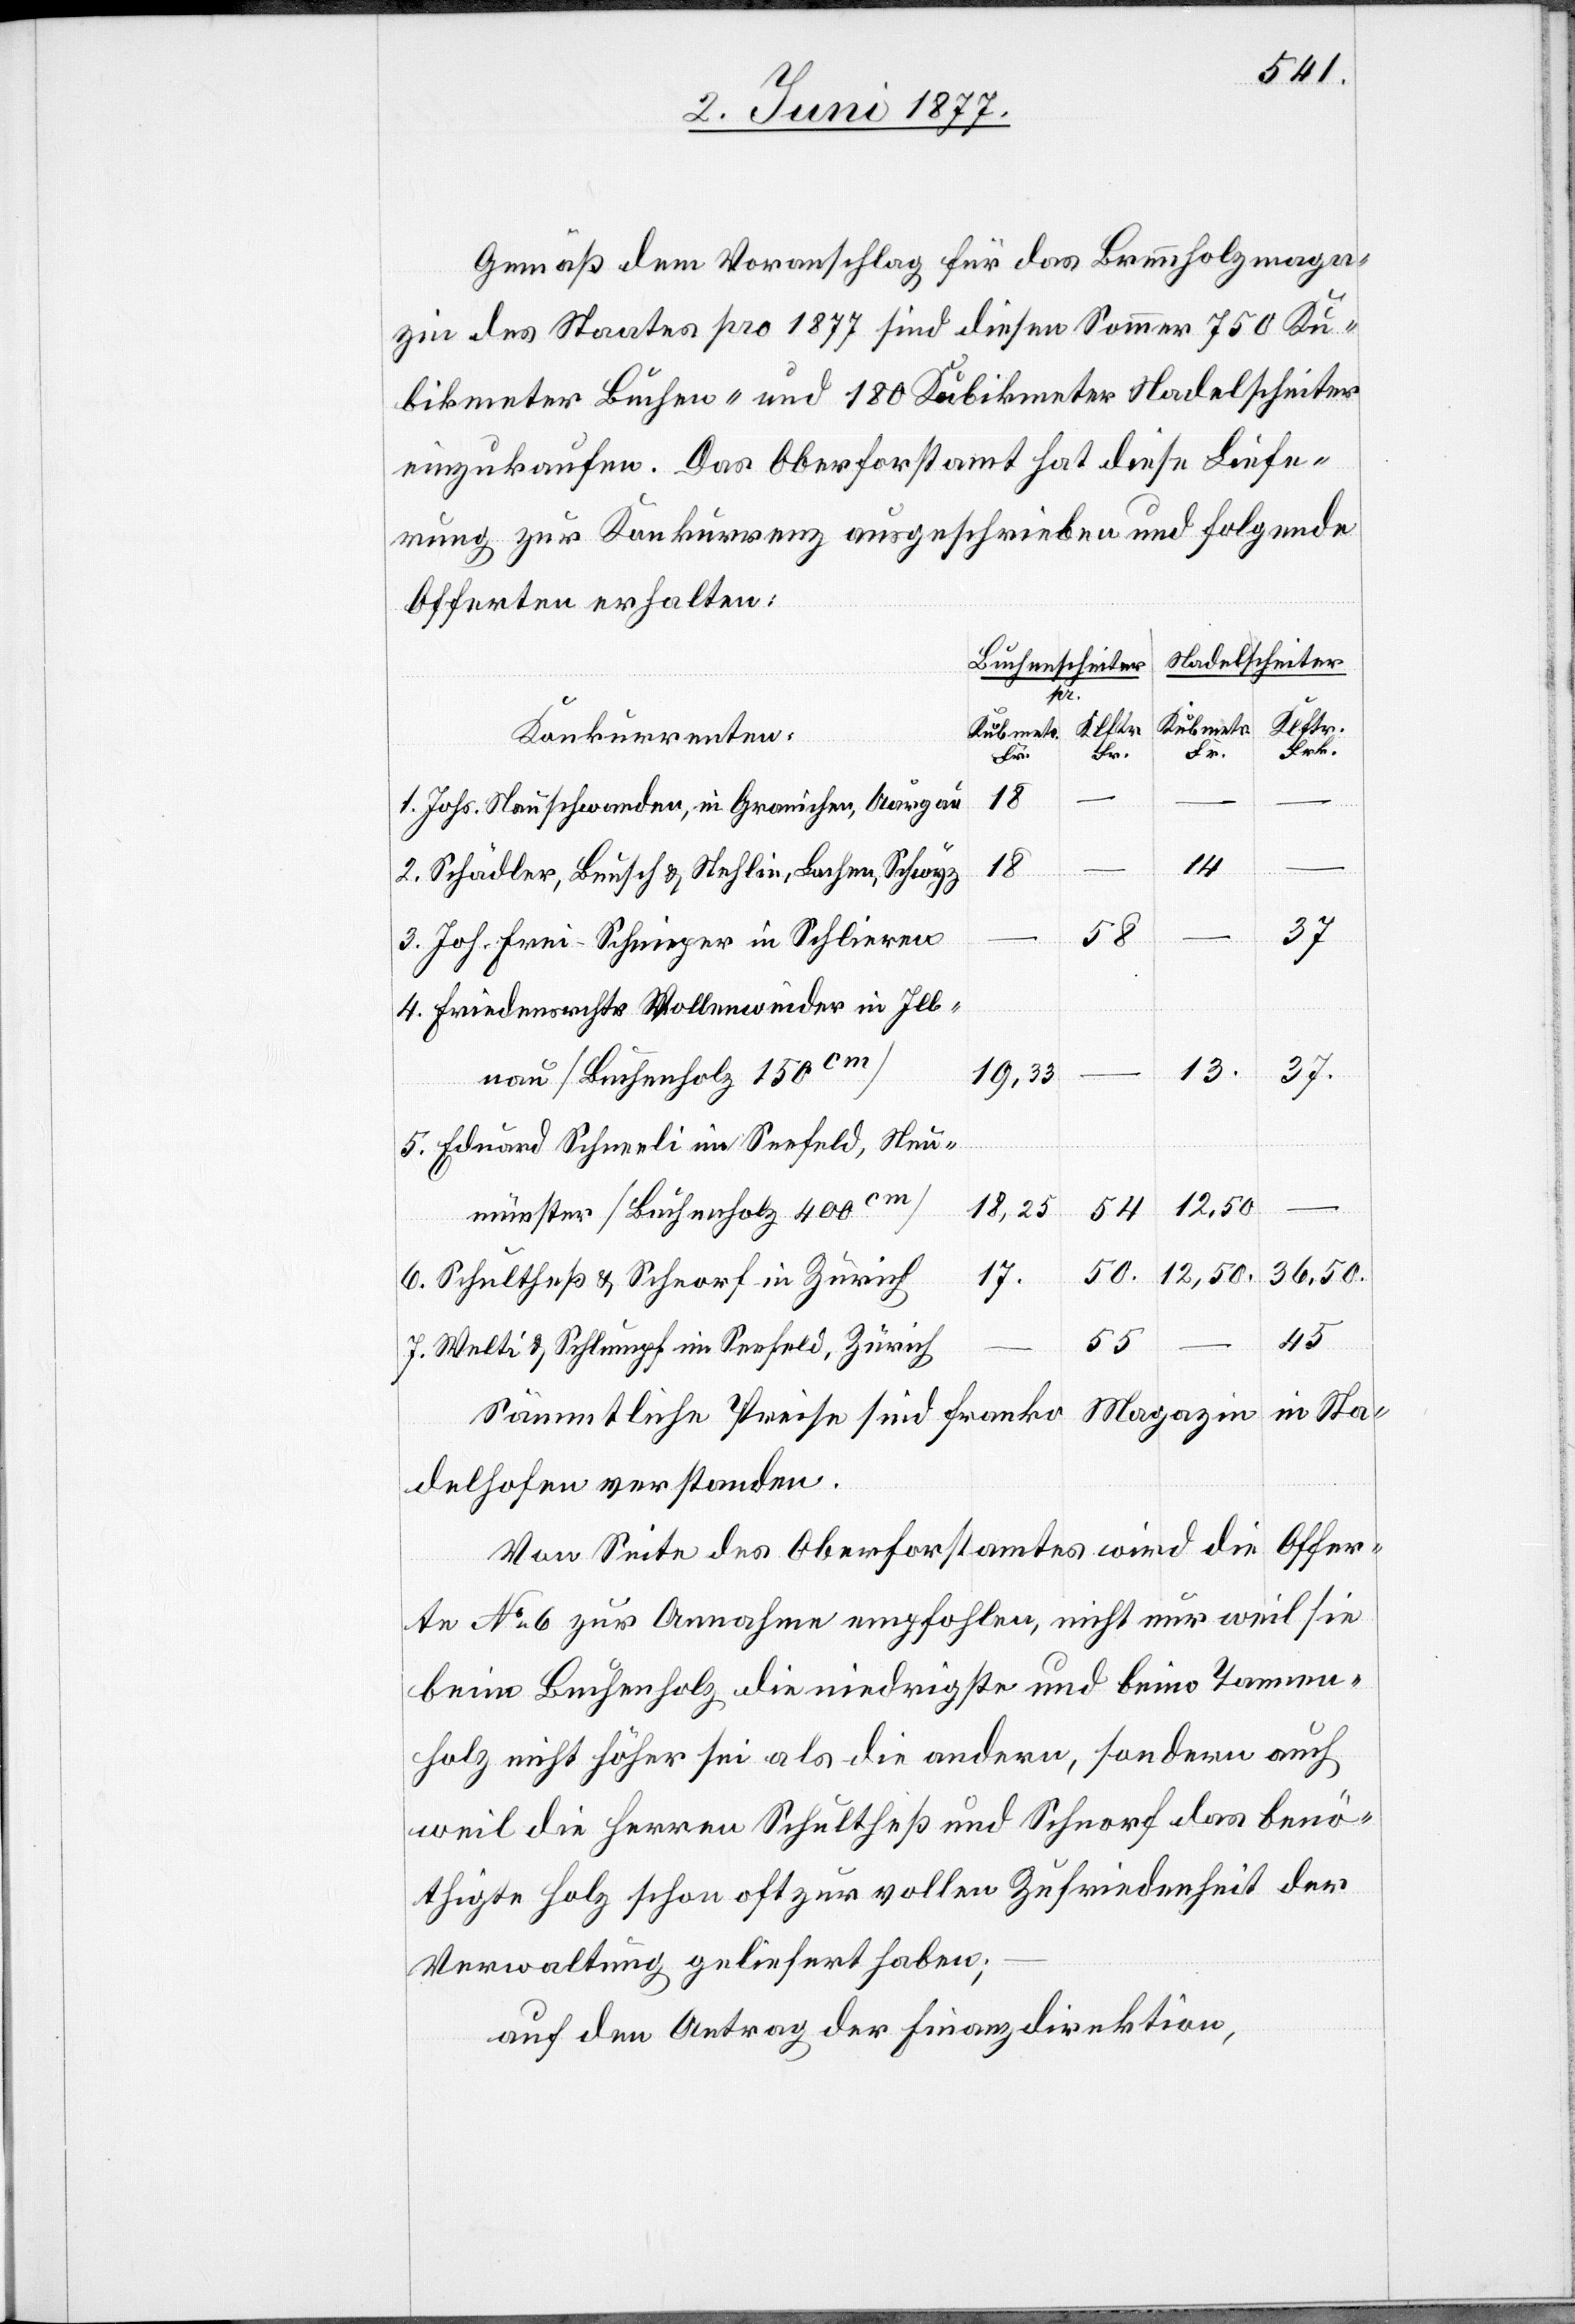
Gemäß dem Voranschlag für das Brennholzmaga¬
zin des Staates pro 1877 sind diesen Sommer 750 Ku¬
bikmeter Buchen- und 180 Kubikmeter Nadelscheiter
einzukaufen. Das Oberforstamt hat diese Liefe¬
rung zur Konkurrenz ausgeschrieben und folgende
Offerten erhalten:
Nadelscheiter
Buchenscheiter
pr.
Kubmetr.
Klftr.
Konkurrenten
Fr.
Fr.
–
14
1. Johs. Neuschwanden, in Granichen [sic!],
13
2. Schädler, Bunsch & Stehlin, Lachen, Schwyz
37
54
3. Joh. Frei-Schnieper in Schlieren
4. Friedensrichter Vollenweider in Ill¬
nau [Buchenholz 150cm]
19,33
5. Eduard Schneeli im Seefeld, Neu¬
–
12,50
18,25
münster [Buchenholz 400cm]
36,50
6. Schultheß & Schnorf in Zürich
45
55
7. Welti & Schlumpf im Seefeld, Zürich
Magazin in Sta¬
Sämmtliche Preise sind franko
delhofen verstanden.
Von Seite des Oberforstamtes wird die Offer¬
te No 6 zur Annahme empfohlen, nicht nur weil sie
bei Buchenholz die niedrigste und beim Tannen¬
holz nicht höher sei als die andern, sondern auch
weil die Herren Schultheß und Schnorf das benö¬
thigte Holz schon oft zur vollen Zufriedenheit der
Verwaltung geliefert haben;
auf den Antrag der Finanzdirektion,